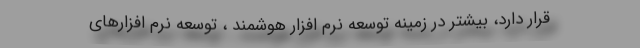
قرار دارد، بیشتر در زمینه توسعه نرم افزار هوشمند ، توسعه نرم افزارهای